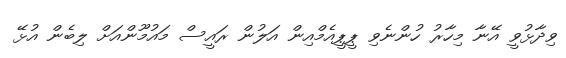
ވިދާޅުވީ އޭނާ މިހާރު ހުންނެވި ޕީޕީއެމްއިން އަލުން ރައީސް މައުމޫންއަށް ލިބެން އުޅޭ